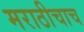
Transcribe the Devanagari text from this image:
मराठीचाच